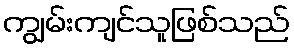
ကျွမ်းကျင်သူဖြစ်သည်